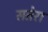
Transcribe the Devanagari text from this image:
सतेरा